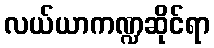
လယ်ယာကဏ္ဍဆိုင်ရာ